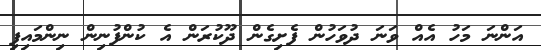
އަންނަ މަހު އެއް ވަނަ ދުވަހުން ފެށިގެން ދޫކުރަން އެ ކުންފުނިން ނިންމައިފި